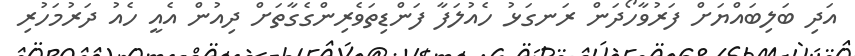
އަދި ބަލިބައްޔަށް ފަރުވާހޯދަން ރަނގަޅު ހެއުލަފާ ފަންޑިތަވެރިންގެގާތަށް ދިއުން އެއީ ހެއު ދަރުމަހުރި